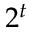
2 ^ { t }